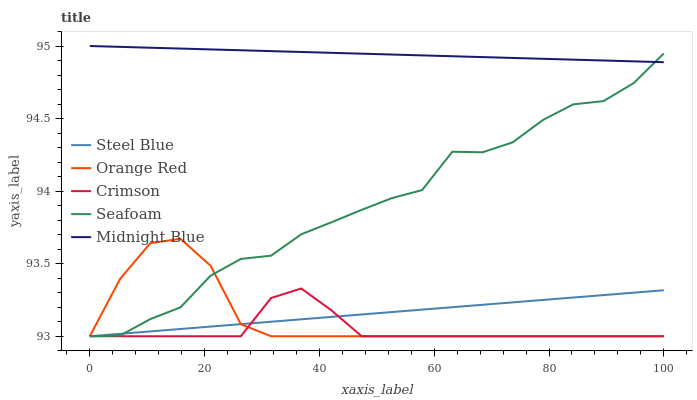
| xaxis_label | Steel Blue | Orange Red | Crimson | Seafoam | Midnight Blue |
 | --- | --- | --- | --- | --- | --- |
 | 0 | 93 | 93 | 93 | 93 | 95 |
 | 5.26 | 93 | 93.4 | 93 | 93 | 95 |
 | 10.5 | 93 | 93.6 | 93 | 93.1 | 95 |
 | 15.8 | 93.1 | 93.7 | 93 | 93.2 | 95 |
 | 21.1 | 93.1 | 93.5 | 93 | 93.4 | 95 |
 | 26.3 | 93.1 | 93.1 | 93 | 93.5 | 95 |
 | 31.6 | 93.1 | 93 | 93.3 | 93.6 | 95 |
 | 36.8 | 93.1 | 93 | 93.3 | 93.7 | 95 |
 | 42.1 | 93.1 | 93 | 93.2 | 93.8 | 95 |
 | 47.4 | 93.2 | 93 | 93 | 93.9 | 94.9 |
 | 52.6 | 93.2 | 93 | 93 | 94 | 94.9 |
 | 57.9 | 93.2 | 93 | 93 | 94 | 94.9 |
 | 63.2 | 93.2 | 93 | 93 | 94.3 | 94.9 |
 | 68.4 | 93.2 | 93 | 93 | 94.3 | 94.9 |
 | 73.7 | 93.2 | 93 | 93 | 94.3 | 94.9 |
 | 78.9 | 93.3 | 93 | 93 | 94.5 | 94.9 |
 | 84.2 | 93.3 | 93 | 93 | 94.6 | 94.9 |
 | 89.5 | 93.3 | 93 | 93 | 94.6 | 94.9 |
 | 94.7 | 93.3 | 93 | 93 | 94.7 | 94.9 |
 | 100 | 93.3 | 93 | 93 | 94.9 | 94.9 |